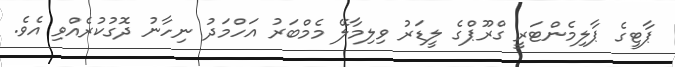
ޕާޓީގެ ޕާލިމެންޓަރީ ގްރޫޕްގެ ލީޑަރު ވިލިމާލޭ މެމްބަރު އަހްމަދު ނިހާނު ދޮގުކުރެއްވި އެވެ.